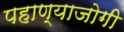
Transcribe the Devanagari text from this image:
पहाण्याजोगी